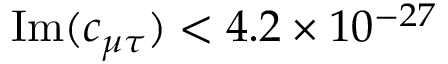
\mathrm { I m } ( c _ { \mu \tau } ) < 4 . 2 \times 1 0 ^ { - 2 7 }